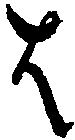
は